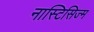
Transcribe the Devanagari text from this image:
नास्टिसिज्म